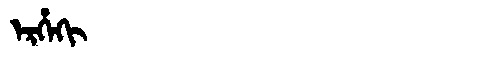
Manchu: ᡝᡵᡥᡝᡴᡳ
Romanization: ERHEKI